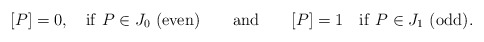
\begin{align*}\lbrack P]=0,\quad {\rm if\ }P\in J_{0}\ ({\rm even})\qquad {\rm and}\qquad[P]=1\quad {\rm if\ }P\in J_{1}\ ({\rm odd}). \end{align*}